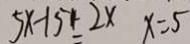
5 x - 1 5 - 2 x x = 5